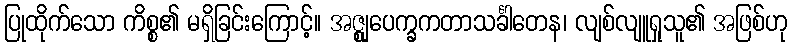
ပြုထိုက်သော ကိစ္စ၏ မရှိခြင်းကြောင့်။ အဇ္ဈုပေက္ခကတာသင်္ခါတေန၊ လျစ်လျူရှုသူ၏ အဖြစ်ဟု